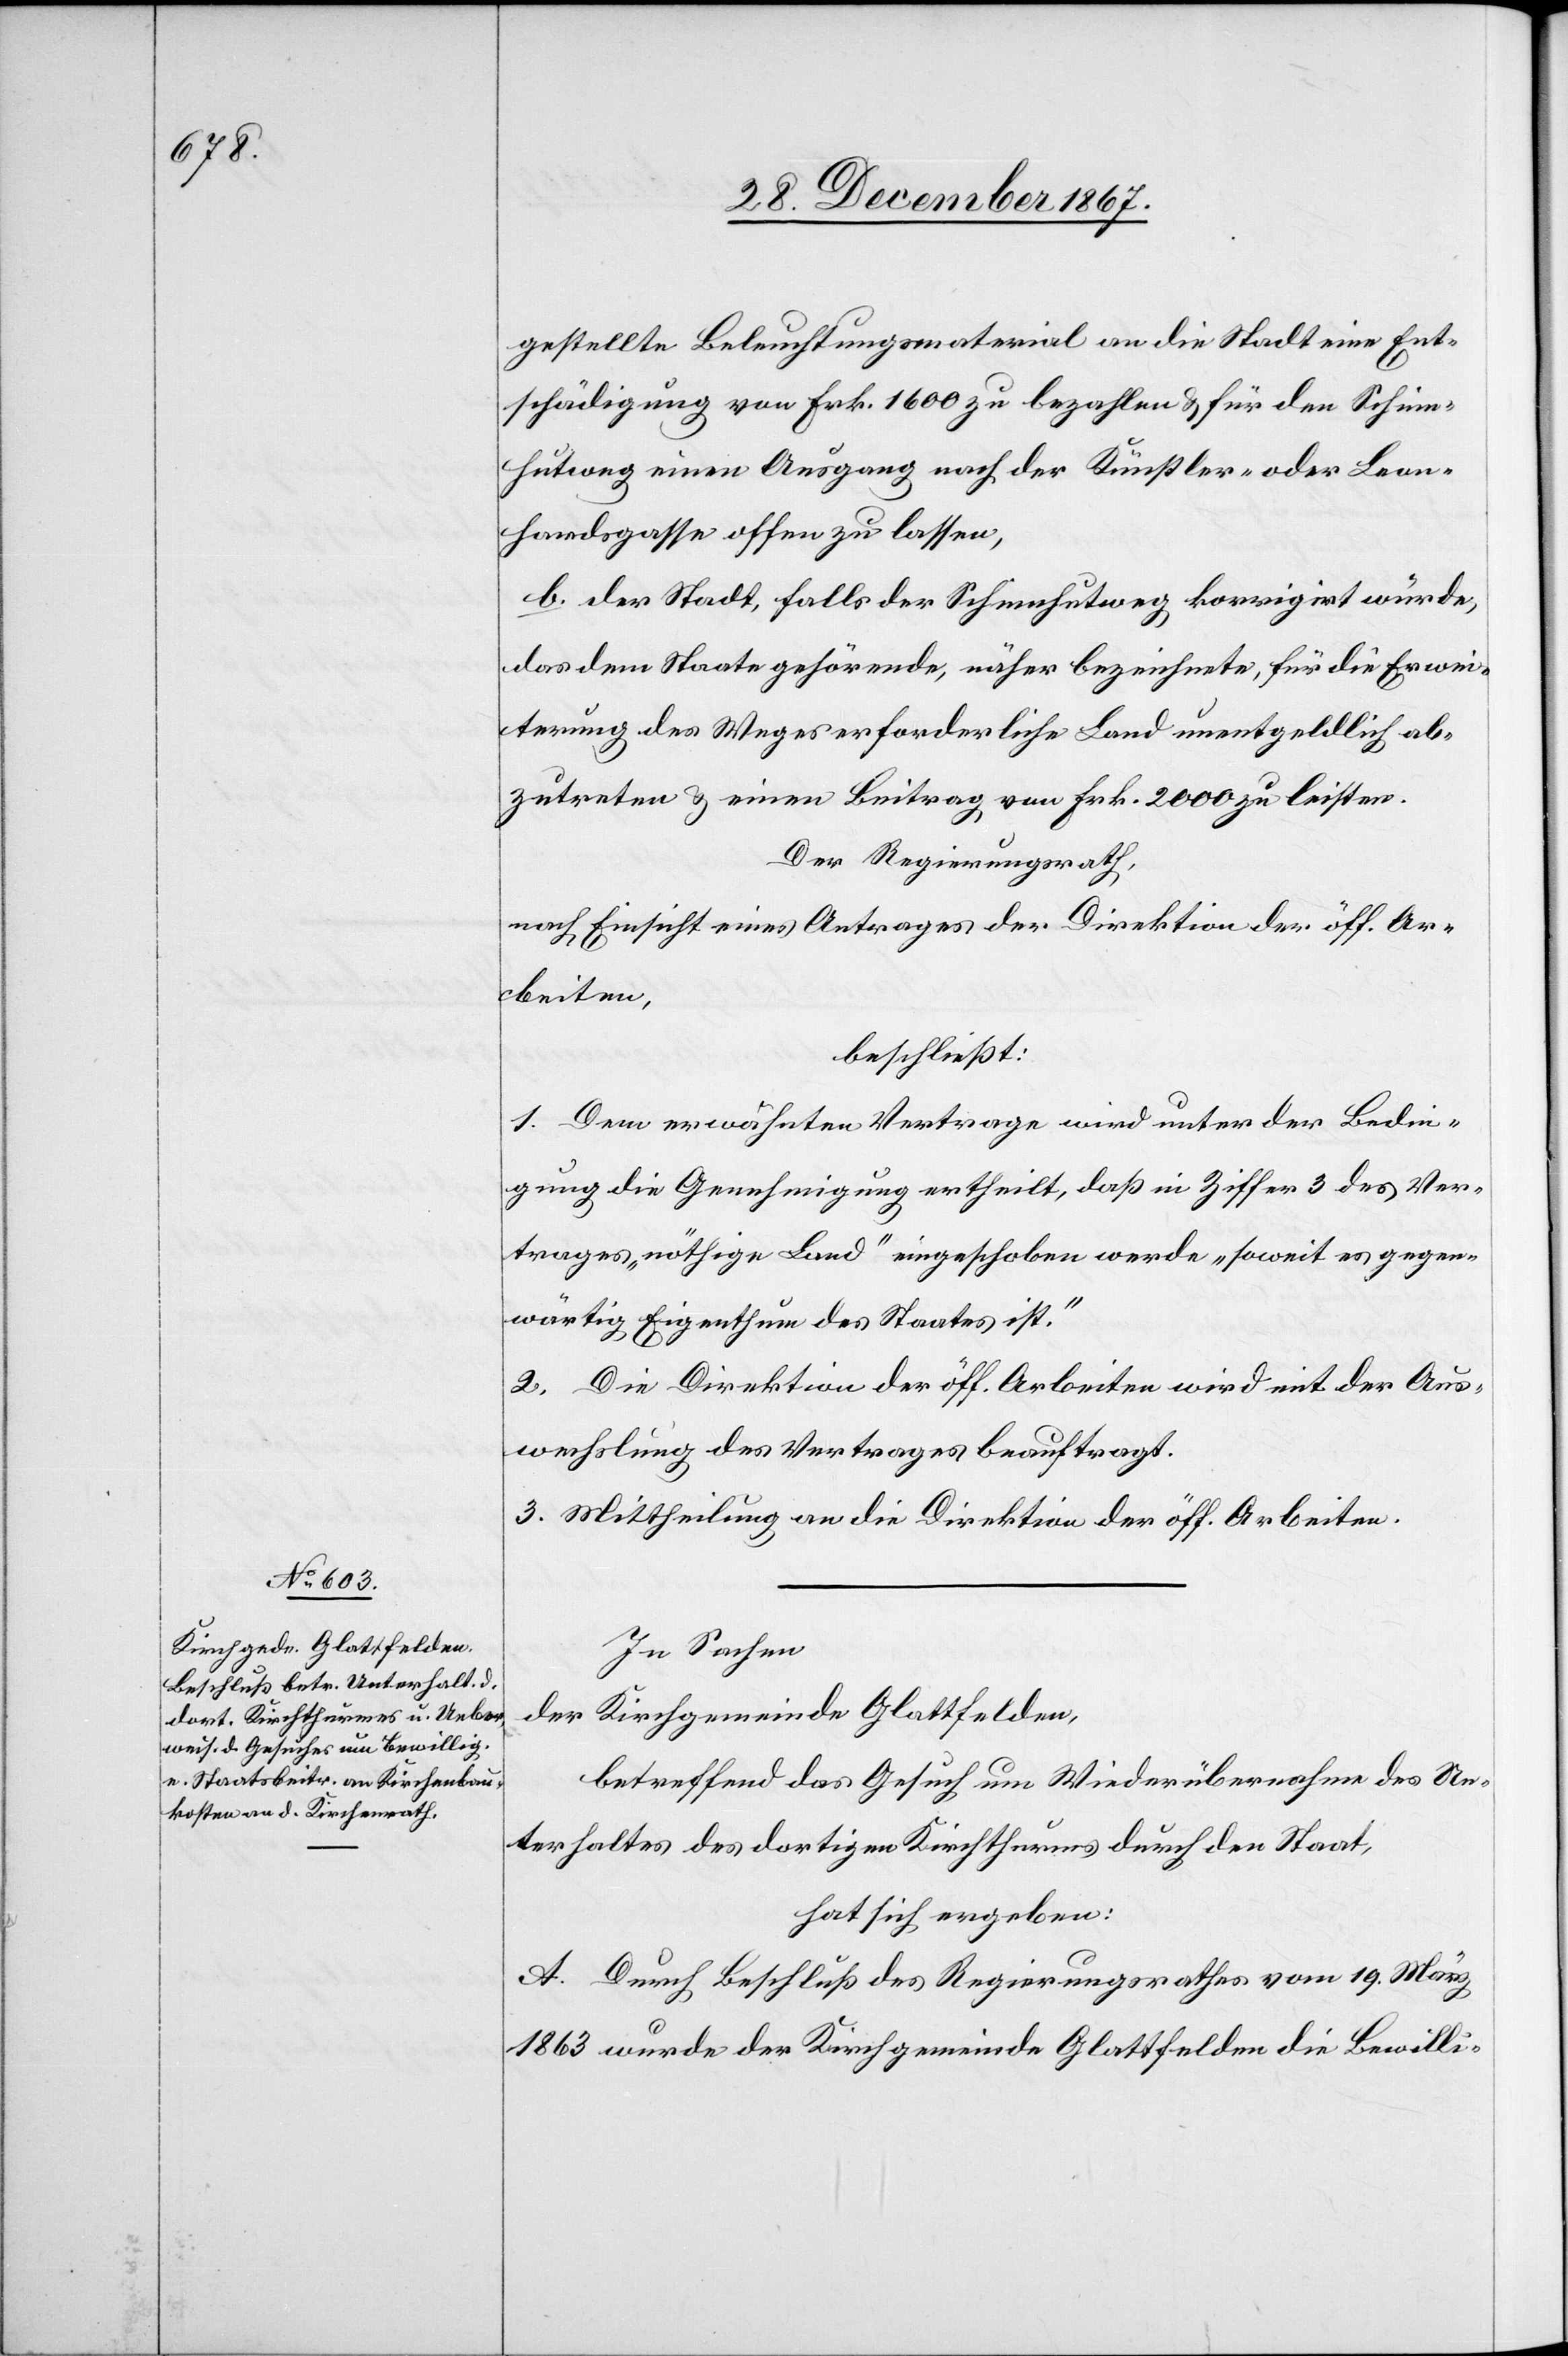
gestellte Beleuchtungsmaterial an die Stadt eine Ent¬
schädigung von Frk. 1600 zu bezahlen u. für den Schinn¬
hutweg einen Ausgang nach der Künstler- oder Leon¬
hardsgasse offen zu lassen.
b. der Stadt, falls der Schinnhutweg korrigirt würde,
das dem Staate gehörende, näher bezeichnete, für die Erwei¬
terung der Weges erforderliche Land unentgeldlich ab¬
zutreten u. einen Beitrag von Frk. 2000 zu leisten.
Der Regierungsrath,
nach Einsicht eines Antrages der Direktion der öff. Ar¬
beiten,
beschließt:
1. Dem erwähnten Vertrage wird unter der Bedin¬
gung die Genehmigung ertheilt, daß in Ziffer 3 des Ver¬
trages „nöthige Land“ eingeschoben werde „soweit es gegen¬
wärtig Eigenthum des Staates ist.“
2. Die Direktion der öff. Arbeiten wird mit der Aus¬
wechslung des Vertrages beauftragt.
3. Mittheilung an die Direktion der öff. Arbeiten.
In Sachen
der Kirchgemeinde Glattfelden,
betreffend das Gesuch um Wiederübernahme des Un¬
terhaltes des dortigen Kirchthurms durch den Staats,
hat sich ergeben:
A. Durch Beschluß des Regierungsrathes vom 19. März
1863 wurde der Kirchgemeinde Glattfelden die Bewilli-